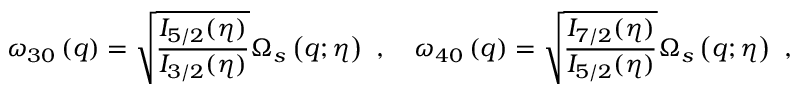
\omega _ { 3 0 } \left( q \right) = \sqrt { \frac { I _ { 5 / 2 } ( \eta ) } { I _ { 3 / 2 } ( \eta ) } } \Omega _ { s } \left( q ; \eta \right) \ , \quad \omega _ { 4 0 } \left( q \right) = \sqrt { \frac { I _ { 7 / 2 } ( \eta ) } { I _ { 5 / 2 } ( \eta ) } } \Omega _ { s } \left( q ; \eta \right) \ ,